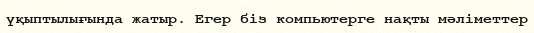
үқыптылығында жатыр. Егер біз компьютерге нақты мәліметтер